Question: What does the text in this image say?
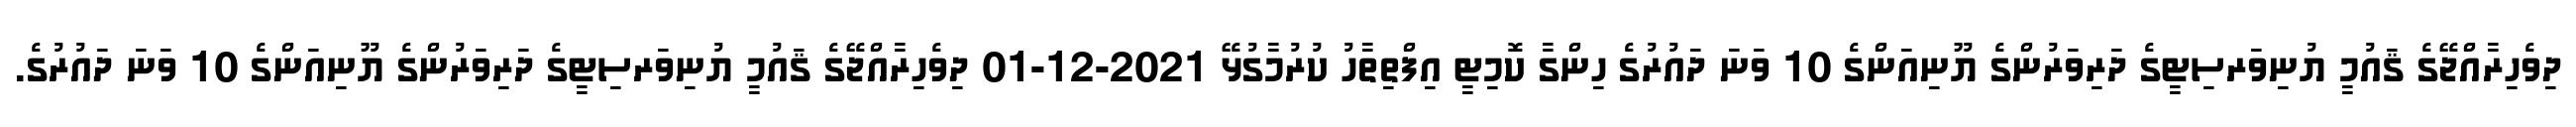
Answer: ދިވެހިރާއްޖޭގެ ޤައުމީ ޔުނިވަރސިޓީގެ ދަރިވަރުންގެ ޔޫނިއަންގެ 10 ވަނަ ދައުރުގެ ހިންގާ ކޮމިޓީ އިފްތިތާހު ކުރުމާގުޅޭ 2021-12-01 ދިވެހިރާއްޖޭގެ ޤައުމީ ޔުނިވަރސިޓީގެ ދަރިވަރުންގެ ޔޫނިއަންގެ 10 ވަނަ ދައުރުގެ.